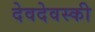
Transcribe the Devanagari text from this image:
देवदेवस्की